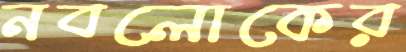
নবলোকের